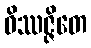
ဝိဿဇ္ဇိတေ